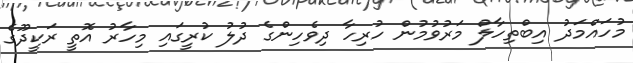
މުހައްމަދު އިބްތިހާލް މަރުވުމުން ހުރިހާ ދިވެހިންގެ ދުލު ކުރީގައި މިހާރު އޮތީ ރަކީދޫގެ